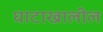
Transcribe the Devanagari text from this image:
घाटाखालील